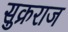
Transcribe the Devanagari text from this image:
सुक्रराज